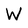
Character: W